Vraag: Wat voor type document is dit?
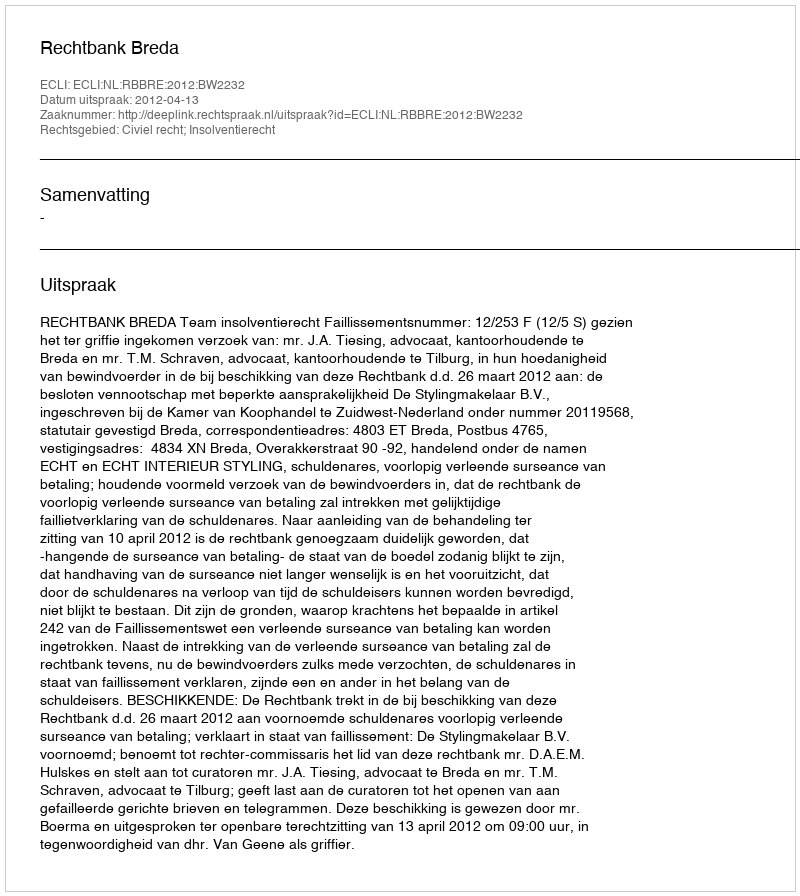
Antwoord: Uitspraak